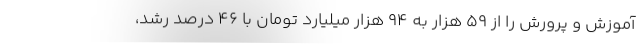
آموزش و پرورش را از ۵۹ هزار به ۹۴ هزار میلیارد تومان با ۴۶ درصد رشد،